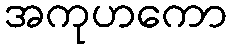
အကုဟကော